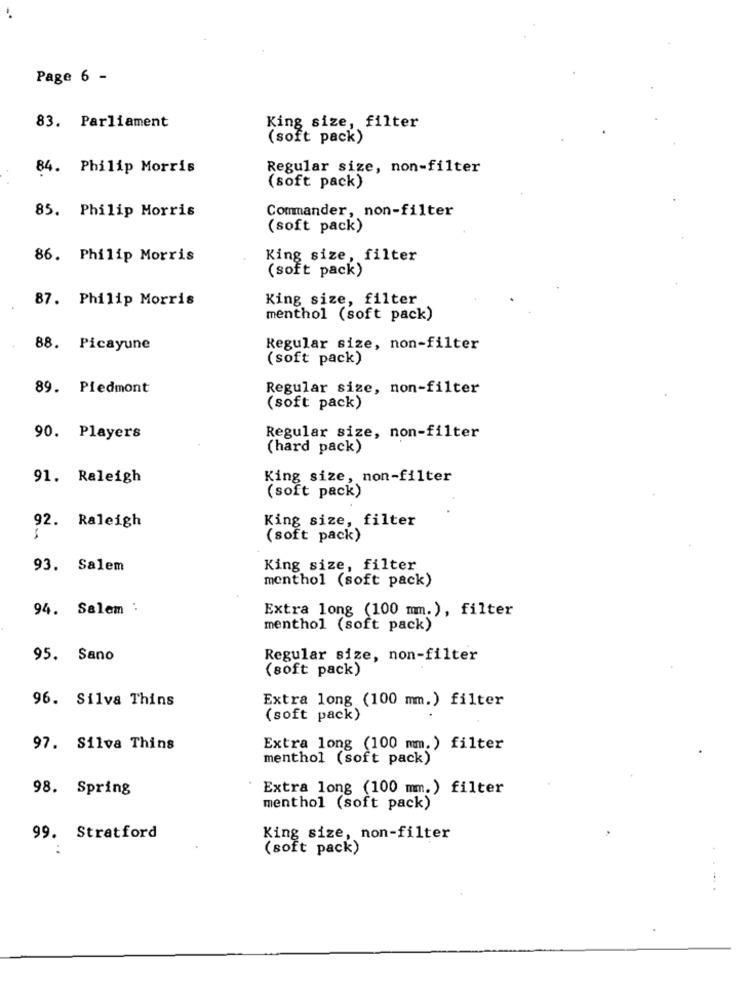
Page 6 -
83. Parliament
King size, filter
(soft pack)
84. Philip Morris
Regular size, non-filter
(soft pack)
85. Philip Morris
Commander, non-filter
(soft pack)
86. Philip Morris
King size, filter
(soft pack)
87. Philip Morris
King size, filter
menthol (soft pack)
88. Picayune
Regular size, non-filter
(soft pack)
89. Piedmont
Regular size, non-filter
(soft pack)
90. Players
Regular size, non-filter
(hard pack)
91. Raleigh
King size, non-filter
(soft pack)
King size, filter
92. Raleigh
(soft pack)
93. Salem
King size, filter
menthol (soft pack)
94. Salem :
Extra long (100 mm.), filter
menthol (soft pack)
95. Sano
Regular size, non-filter
(soft pack)
96. Silva Thins
Extra long (100 mm.) filter
(soft pack)
97. Silva Thins
Extra long (100 mm.) filter
menthol (soft pack)
98. Spring
Extra long (100 mm.) filter
menthol (soft pack)
99. Stratford
King size, non-filter
(soft pack)